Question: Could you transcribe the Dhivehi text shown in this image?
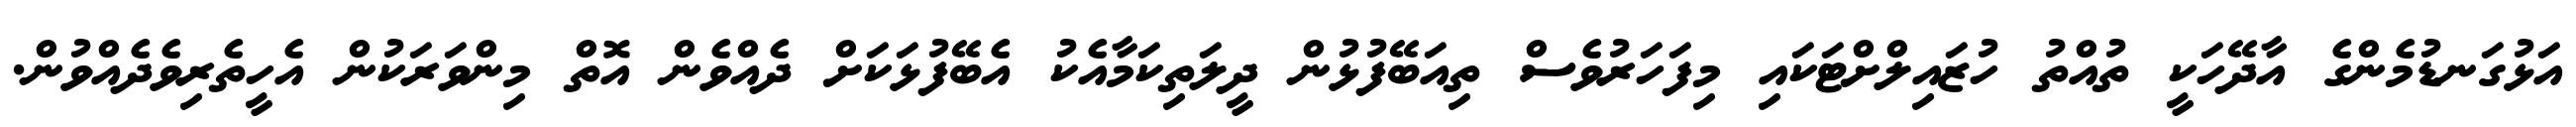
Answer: އަޅުގަނޑުމެންގެ އާދޭހަކީ ތުއްތު ހުޒައިލްށްޓަކައި މިފަހަރުވެސް ތިއަބޭފުޅުން ދީލަތިކަމާއެކު އެބޭފުޅަކަށް ދެއްވެން އޮތް މިންވަރަކުން އެހީތެރިވެދެއްވުން.